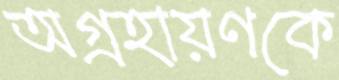
অগ্রহায়ণকে